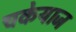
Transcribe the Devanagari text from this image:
चकेयाज